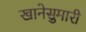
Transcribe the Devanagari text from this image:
खानेसुमारी